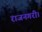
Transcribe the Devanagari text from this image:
राजनगरी।